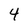
Character: 4